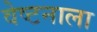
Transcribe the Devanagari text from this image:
वेष्टनाला